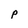
Character: p